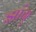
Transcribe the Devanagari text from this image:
झांग्